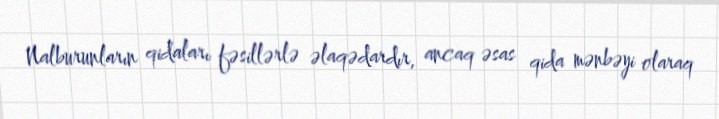
Nalburunların qidaları fəsillərlə əlaqədardır, ancaq əsas qida mənbəyi olaraq